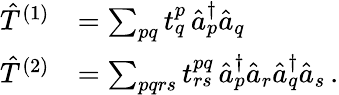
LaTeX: \begin{array}{rl}{\hat{T}^{(1)}}&{=\sum_{pq}t_{q}^{p}\, \hat{a}_{p}^{\dagger}\hat{a}_{q}}\\ {\hat{T}^{(2)}}&{=\sum_{pqrs}t_{rs}^{pq}\, \hat{a}_{p}^{\dagger}\hat{a}_{r}\hat{a}_{q}^{\dagger}\hat{a}_{s}\, .}\end{array}